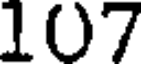
107